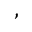
\begin{array} { r l } \end{array} ,